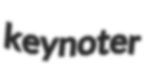
keynoter